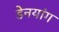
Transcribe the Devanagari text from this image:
डेनयांग